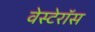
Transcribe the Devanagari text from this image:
वेस्टेरॉस